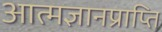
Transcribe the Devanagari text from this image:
आत्मज्ञानप्राप्ति